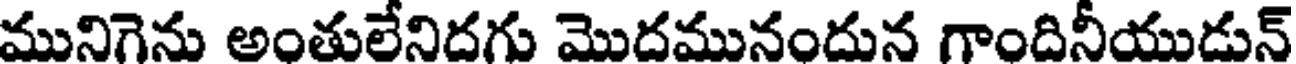
మునిగెను అంతులేనిదగు మొదమునందున గాందినీయుడున్